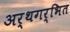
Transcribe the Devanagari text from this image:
अर्थगर्भित